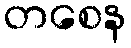
တစေန